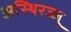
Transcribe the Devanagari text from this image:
अस्थिरज्जु